Indian Medical Review
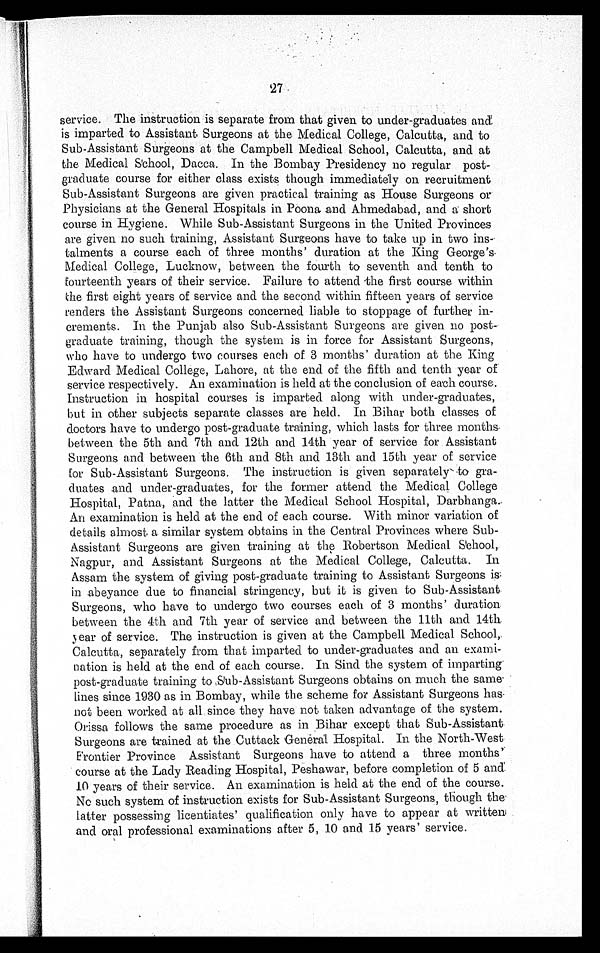
27
service. The instruction is separate from that given to under-graduates and
is imparted to Assistant Surgeons at the Medical College, Calcutta, and to
Sub-Assistant Surgeons at the Campbell Medical School, Calcutta, and at
the Medical School, Dacca. In the Bombay Presidency no regular post
-
graduate course for either class exists though immediately on recruitment
Sub-Assistant Surgeons are given practical training as House Surgeons or
Physicians at the General Hospitals in Poona and Ahmedabad, and a short
course in Hygiene. While Sub-Assistant Surgeons in the United Provinces
are given no such training, Assistant Surgeons have to take up in two ins
-
talments a course each of three months' duration at the King George's
Medical College, Lucknow, between the fourth to seventh and tenth to
fourteenth years of their service. Failure to attend the first course within
the first eight years of service and the second within fifteen years of service
renders the Assistant Surgeons concerned liable to stoppage of further in
-
crements. In the Punjab also Sub-Assistant Surgeons are given no post
-
graduate training, though the system is in force for Assistant Surgeons,
who have to undergo two courses each of 3 months' duration at the King
Edward Medical College, Lahore, at the end of the fifth and tenth year of
service respectively. An examination is held at the conclusion of each course.
Instruction in hospital courses is imparted along with under-graduates,
but in other subjects separate classes are held. In Bihar both classes of
doctors have to undergo post-graduate training, which lasts for three months
between the 5th and 7th and 12th and 14th year of service for Assistant
Surgeons and between the 6th and 8th and 13th and 15th year of service
for Sub-Assistant Surgeons. The instruction is given separately to gra
-
duates and under-graduates, for the former attend the Medical College
Hospital, Patna, and the latter the Medical School Hospital, Darbhanga.
An examination is held at the end of each course. With minor variation of
details almost a similar system obtains in the Central Provinces where Sub
-
Assistant Surgeons are given training at the Robertson Medical School,
Nagpur, and Assistant Surgeons at the Medical College, Calcutta. In
Assam the system of giving post-graduate training to Assistant Surgeons is
in abeyance due to financial stringency, but it is given to Sub-Assistant
Surgeons, who have to undergo two courses each of 3 months' duration
between the 4th and 7th year of service and between the 11th and 14th
year of service. The instruction is given at the Campbell Medical School,
Calcutta, separately from that imparted to under-graduates and an exami
-
nation is held at the end of each course. In Sind the system of imparting
post-graduate training to Sub-Assistant Surgeons obtains on much the same
lines since 1930 as in Bombay, while the scheme for Assistant Surgeons has
not been worked at all since they have not taken advantage of the system.
Orissa follows the same procedure as in Bihar except that Sub-Assistant
Surgeons are trained at the Cuttack General Hospital. In the North-West
Frontier Province Assistant Surgeons have to attend a three months'
course at the Lady Reading Hospital, Peshawar, before-completion of 5 and
10 years of their service. An examination is held at the end of the course.
No such system of instruction exists for Sub-Assistant Surgeons, though the
latter possessing licentiates' qualification only have to appear at written
and oral professional examinations after 5, 10 and 15 years' service.